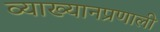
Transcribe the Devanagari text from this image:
व्याख्यानप्रणाली